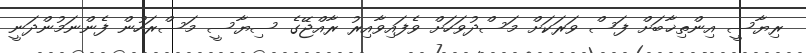
ރިޔާސީ އިންތިޚާބަށް ފަސް ވަރަަކަށް މަސްދުވަހަށް ވެފައިވާއިރު ރާއްޖޭގެ ސިޔާސީ މަސްރަހުން ފެންނަމުންދަނީ